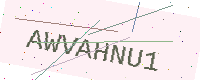
Text: AWVAHNU1